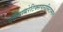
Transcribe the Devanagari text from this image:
एंटीपायरेटिक्सपारासिटामोल